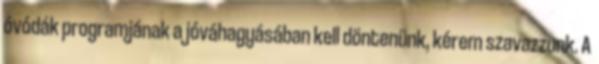
óvódák programjának a jóváhagyásában kell döntenünk, kérem szavazzunk. A